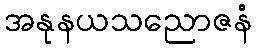
အနုနယသညောဇနံ